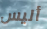
أليس